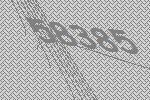
58385